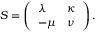
S = \left( \begin{array} { l l } { { \lambda } } & { { \kappa } } \\ { { - \mu } } & { { \nu } } \end{array} \right) .